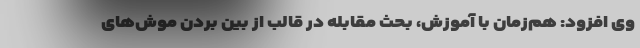
وی افزود: هم‌زمان با آموزش، بحث مقابله در قالب از بین بردن موش‌های